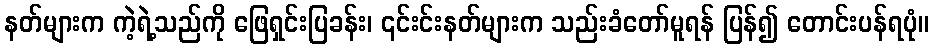
နတ်များက ကဲ့ရဲ့သည်ကို ဖြေရှင်းပြခန်း၊ ၎င်းင်းနတ်များက သည်းခံတော်မူရန် ပြန်၍ တောင်းပန်ရပုံ။